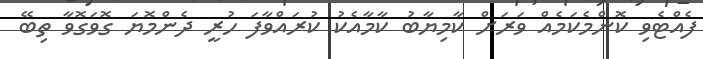
ފެއްޓެވި ކޮންމެކަމެއް ވަރަށް ކާމިޔާބު ކާމާއެކު ކުރައްވާފަ ހުރީ ދެންމޮޔަ ގޮވަގޮވާ ތިބޭ